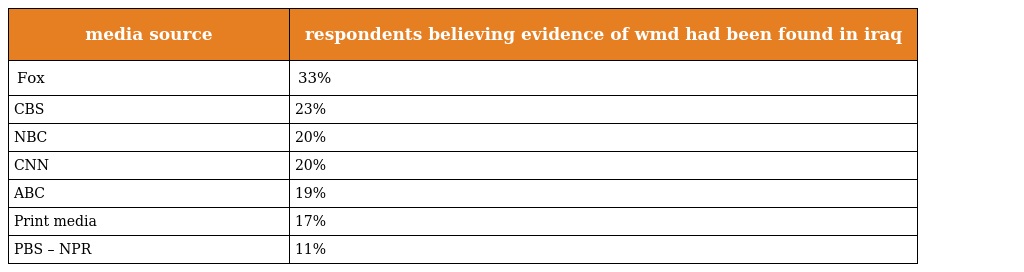
| media source | respondents believing evidence of wmd had been found in iraq |
 | --- | --- |
 | Fox | 33% |
 | CBS | 23% |
 | NBC | 20% |
 | CNN | 20% |
 | ABC | 19% |
 | Print media | 17% |
 | PBS – NPR | 11% |